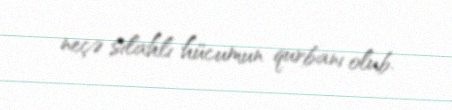
neçə silahlı hücumun qurbanı olub.